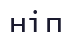
ніп